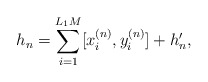
\begin{align*}h_n=\sum_{i=1}^{L_1M} [x_i^{(n)},y_i^{(n)}]+h_n',\end{align*}